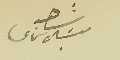
شاهد ميشال شماس